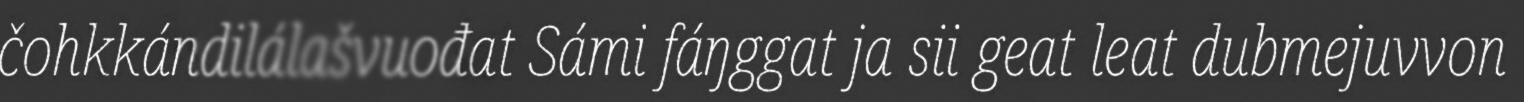
čohkkándilálašvuođat Sámi fáŋggat ja sii geat leat dubmejuvvon